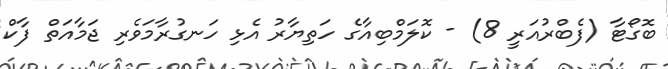
ބޮގޯޓާ (ފެބްރުއަރީ 8) - ކޮލަމްބިއާގެ ހަތިޔާރު އެޅި ހަނގުރާމަވެރި ޖަމާއަތް ފާކް